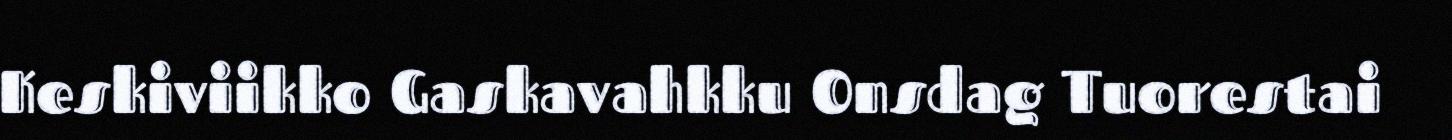
Keskiviikko Gaskavahkku Onsdag Tuorestai